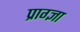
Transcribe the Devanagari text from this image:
प्राग्ज्ञा